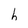
Character: h